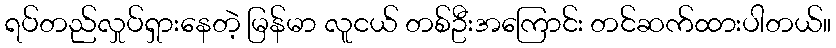
ရပ်တည်လှုပ်ရှားနေတဲ့ မြန်မာ လူငယ် တစ်ဦးအကြောင်း တင်ဆက်ထားပါတယ်။